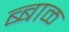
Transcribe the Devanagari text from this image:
ब्बाळ